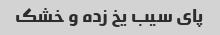
پای سیب یخ زده و خشک